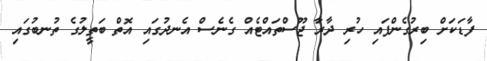
ފާޑަކަށް ބިރުގެންފައި ހުރި ދާރާ ޖޫސްތައްޓެއް ގެނެސް އެނދުގައި އޮތް ބަތީލުގެ ތުނބުގައި